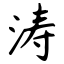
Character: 涛